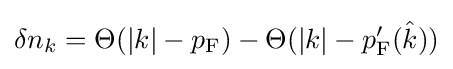
{\textstyle \delta n_{k}=\Theta (|k|-p_{\mathrm {F} })-\Theta (|k|-p_{\mathrm {F} }'({\hat {k}}))}